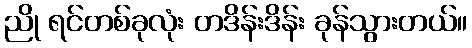
ညို ရင်တစ်ခုလုံး တဒိန်းဒိန်း ခုန်သွားတယ်။